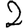
Digit: 2